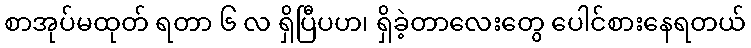
စာအုပ်မထုတ် ရတာ ၆ လ ရှိပြီပဟ၊ ရှိခဲ့တာလေးတွေ ပေါင်စားနေရတယ်